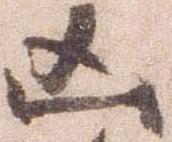
凶